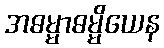
အဓမ္မာဓမ္မိယေန